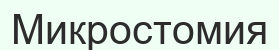
Микростомия